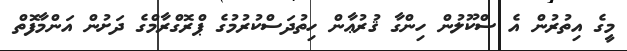
މީގެ އިތުރުން އެ ސްކޫލުން ހިންގާ ޤުރުޢާން ހިތުދަސްކުރުމުގެ ޕްރޮގްރާމްގެ ދަށުން އަންމާފޮތް